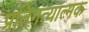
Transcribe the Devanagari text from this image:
प्रतिगत्यात्मक